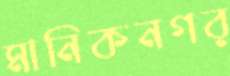
মানিকনগর